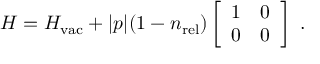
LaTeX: H = H _ { \mathrm { v a c } } + | p | ( 1 - n _ { \mathrm { r e l } } ) \left[ \begin{array} { c c } { { 1 } } & { { 0 } } \\ { { 0 } } & { { 0 } } \end{array} \right] ~ .